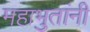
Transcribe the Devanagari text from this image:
महाभुतांनी